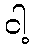
ငါ့